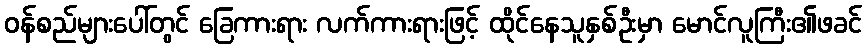
ဝန်စည်များပေါ်တွင် ခြေကားရား လက်ကားရားဖြင့် ထိုင်နေသူနှစ်ဦးမှာ မောင်လူကြီး၏ဖခင်